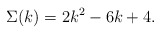
\begin{align*}\Sigma(k)=2k^2-6k+4.\end{align*}